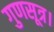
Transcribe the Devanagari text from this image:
गुणसूत्र।